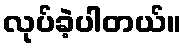
လုပ်ခဲ့ပါတယ်။